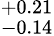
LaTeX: ^{+0.21}_{-0.14}